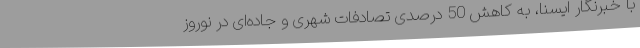
با خبرنگار ایسنا، به کاهش 50 درصدی تصادفات شهری و جاده‌ای در نوروز